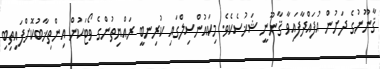
ޤާނޫނުގެ ދަށުން އުފައްދާފައިވާ ޤާނޫނީ ޝަޚުސެކެވެ. މިކައުންސިލްގައި ކުރިނބީ ރައްޔިތުންގެ ވޯޓަކުން އިންތިޚާބުކޮށްފައިތިބި